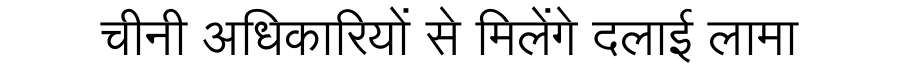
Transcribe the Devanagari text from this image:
चीनी अधिकारियों से मिलेंगे दलाई लामा